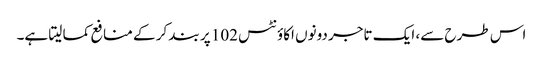
اس طرح سے، ایک تاجر دونوں اکاؤنٹس 102 پر بند کر کے منافع کما لیتا ہے۔